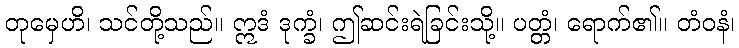
တုမှေဟိ၊ သင်တို့သည်။ ဣဒံ ဒုက္ခံ၊ ဤဆင်းရဲခြင်းသို့။ ပတ္တံ၊ ရောက်၏။ တံဝနံ၊